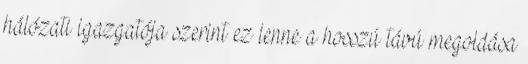
hálózati igazgatója szerint ez lenne a hosszú távú megoldása